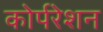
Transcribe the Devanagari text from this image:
कोर्परेशन